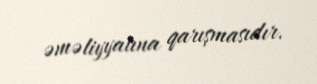
əməliyyatına qarışmasıdır.